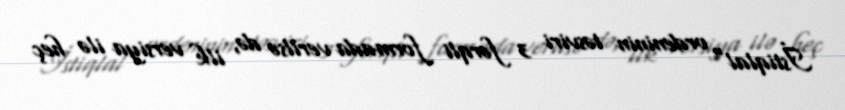
İstiqlal" ordeninin təsviri 3 fərqli formada verilsə də, ilk versiya ilə heç